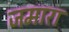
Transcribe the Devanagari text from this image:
जमारा